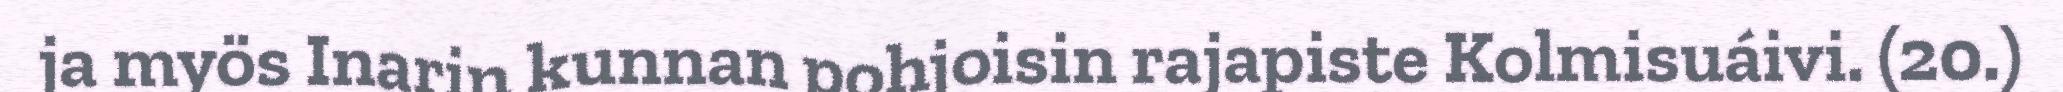
ja myös Inarin kunnan pohjoisin rajapiste Kolmisuáivi. (20.)